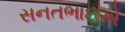
સનતભાઇએ